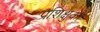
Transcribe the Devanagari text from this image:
प्रशिक्षुकों